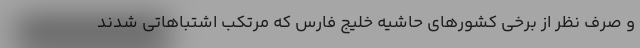
و صرف نظر از برخی کشورهای حاشیه خلیج فارس که مرتکب اشتباهاتی شدند